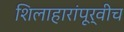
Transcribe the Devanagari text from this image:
शिलाहारांपूर्वीच